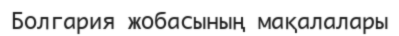
Болгария жобасының мақалалары